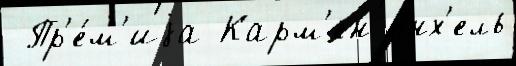
 Пр'е́м'иjа Карм'ен Анх'ель